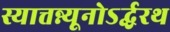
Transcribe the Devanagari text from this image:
स्यात्तन्न्यूनोऽर्द्धरथ